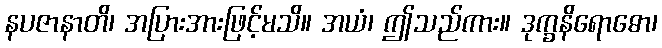
နပဇာနာတိ၊ အပြားအားဖြင့်မသိ။ အယံ၊ ဤသည်ကား။ ဒုက္ခနိရောဓော၊